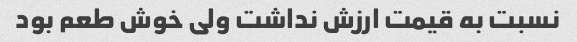
نسبت به قیمت ارزش نداشت ولی خوش طعم بود